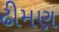
ઢીમણ